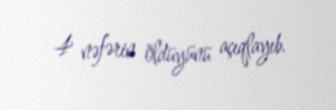
4 nəfərin öldüyünü açıqlayıb.